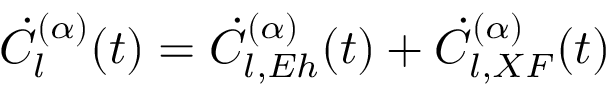
\dot { C } _ { l } ^ { ( \alpha ) } ( t ) = \dot { C } _ { l , E h } ^ { ( \alpha ) } ( t ) + \dot { C } _ { l , X F } ^ { ( \alpha ) } ( t )